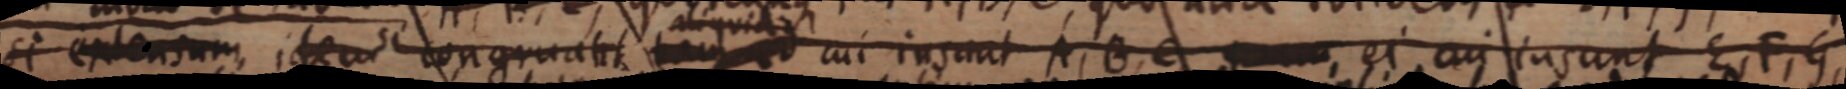
si extensum idem congruant _ cui in sunt A, B, C _ ei cui in sunt E, F, G,